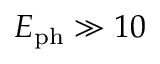
{ E _ { \mathrm { p h } } } \gg 1 0